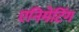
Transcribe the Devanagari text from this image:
एनिमेटिंग